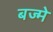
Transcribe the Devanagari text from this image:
बज्मे